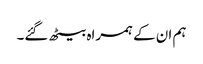
ہم ان کے ہمراہ بیٹھ گئے۔